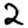
Digit: 2